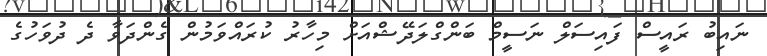
ނައިބު ރައީސް ފައިސަލް ނަސީމް ބަންގްލަދޭޝްއަށް މިހާރު ކުރައްވަމުން ގެންދަވާ ދެ ދުވަހުގެ